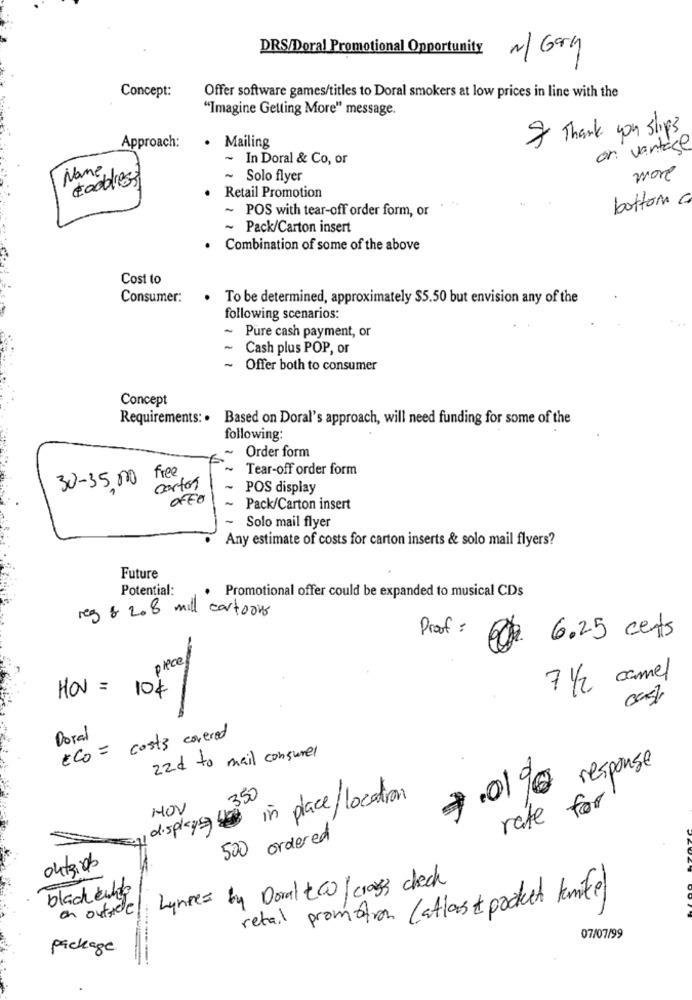
DRS/Doral Promotional Opportunity
N/ Gry
Concept:
Offer software games/titles to Doral smokers at low prices in line with the
"Imagine Getting More" message.
& Thank you slips
Approach:
· Mailing
or. vantage
~ In Doral & Co, or
201
Name
&address
~ Solo flyer
.
Retail Promotion
bottom a
~ POS with tear-off order form, or
~ Pack/Carton insert
· Combination of some of the above
Cost to
Consumer:
To be determined, approximately $5.50 but envision any of the
following scenarios:
-
Pure cash payment, or
~ Cash plus POP, or
-
Offer both to consumer
Concept
Requirements: . Based on Doral's approach, will need funding for some of the
following:
~ Order form
free
-
Tear-off order form
30-35,00
carton
POS display
OFFO
-
Pack/Carton insert
Solo mail flyer
Any estimate of costs for carton inserts & solo mail flyers?
Future
Potential:
Promotional offer could be expanded to musical CDs
reg & 208 mill cartoons
Proof :
6.25 cets
place
7 1/2 camel
HOv = 104/
Doral
ECO = costs covered
22d to mail consurel
7.01900 response
35
in place/ location
NOV
rate for
displayen 40g
ordered
500
04/8:06
Lunges by Doral tCO/ cross check
black wing
retail promotion (atlast pocket knife)
on outside
07/07/99
package